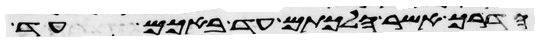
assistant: הדרך אשר הלכתם עד באכם עד